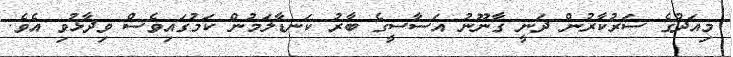
މިއަދުގެ ސަރުކާރުން ދަނީ ގާނޫނު އަސާސީގެ ބާރު ކަނޑާލަމުން ކަމުގައިވެސް ވިދާޅުވި އެވެ.